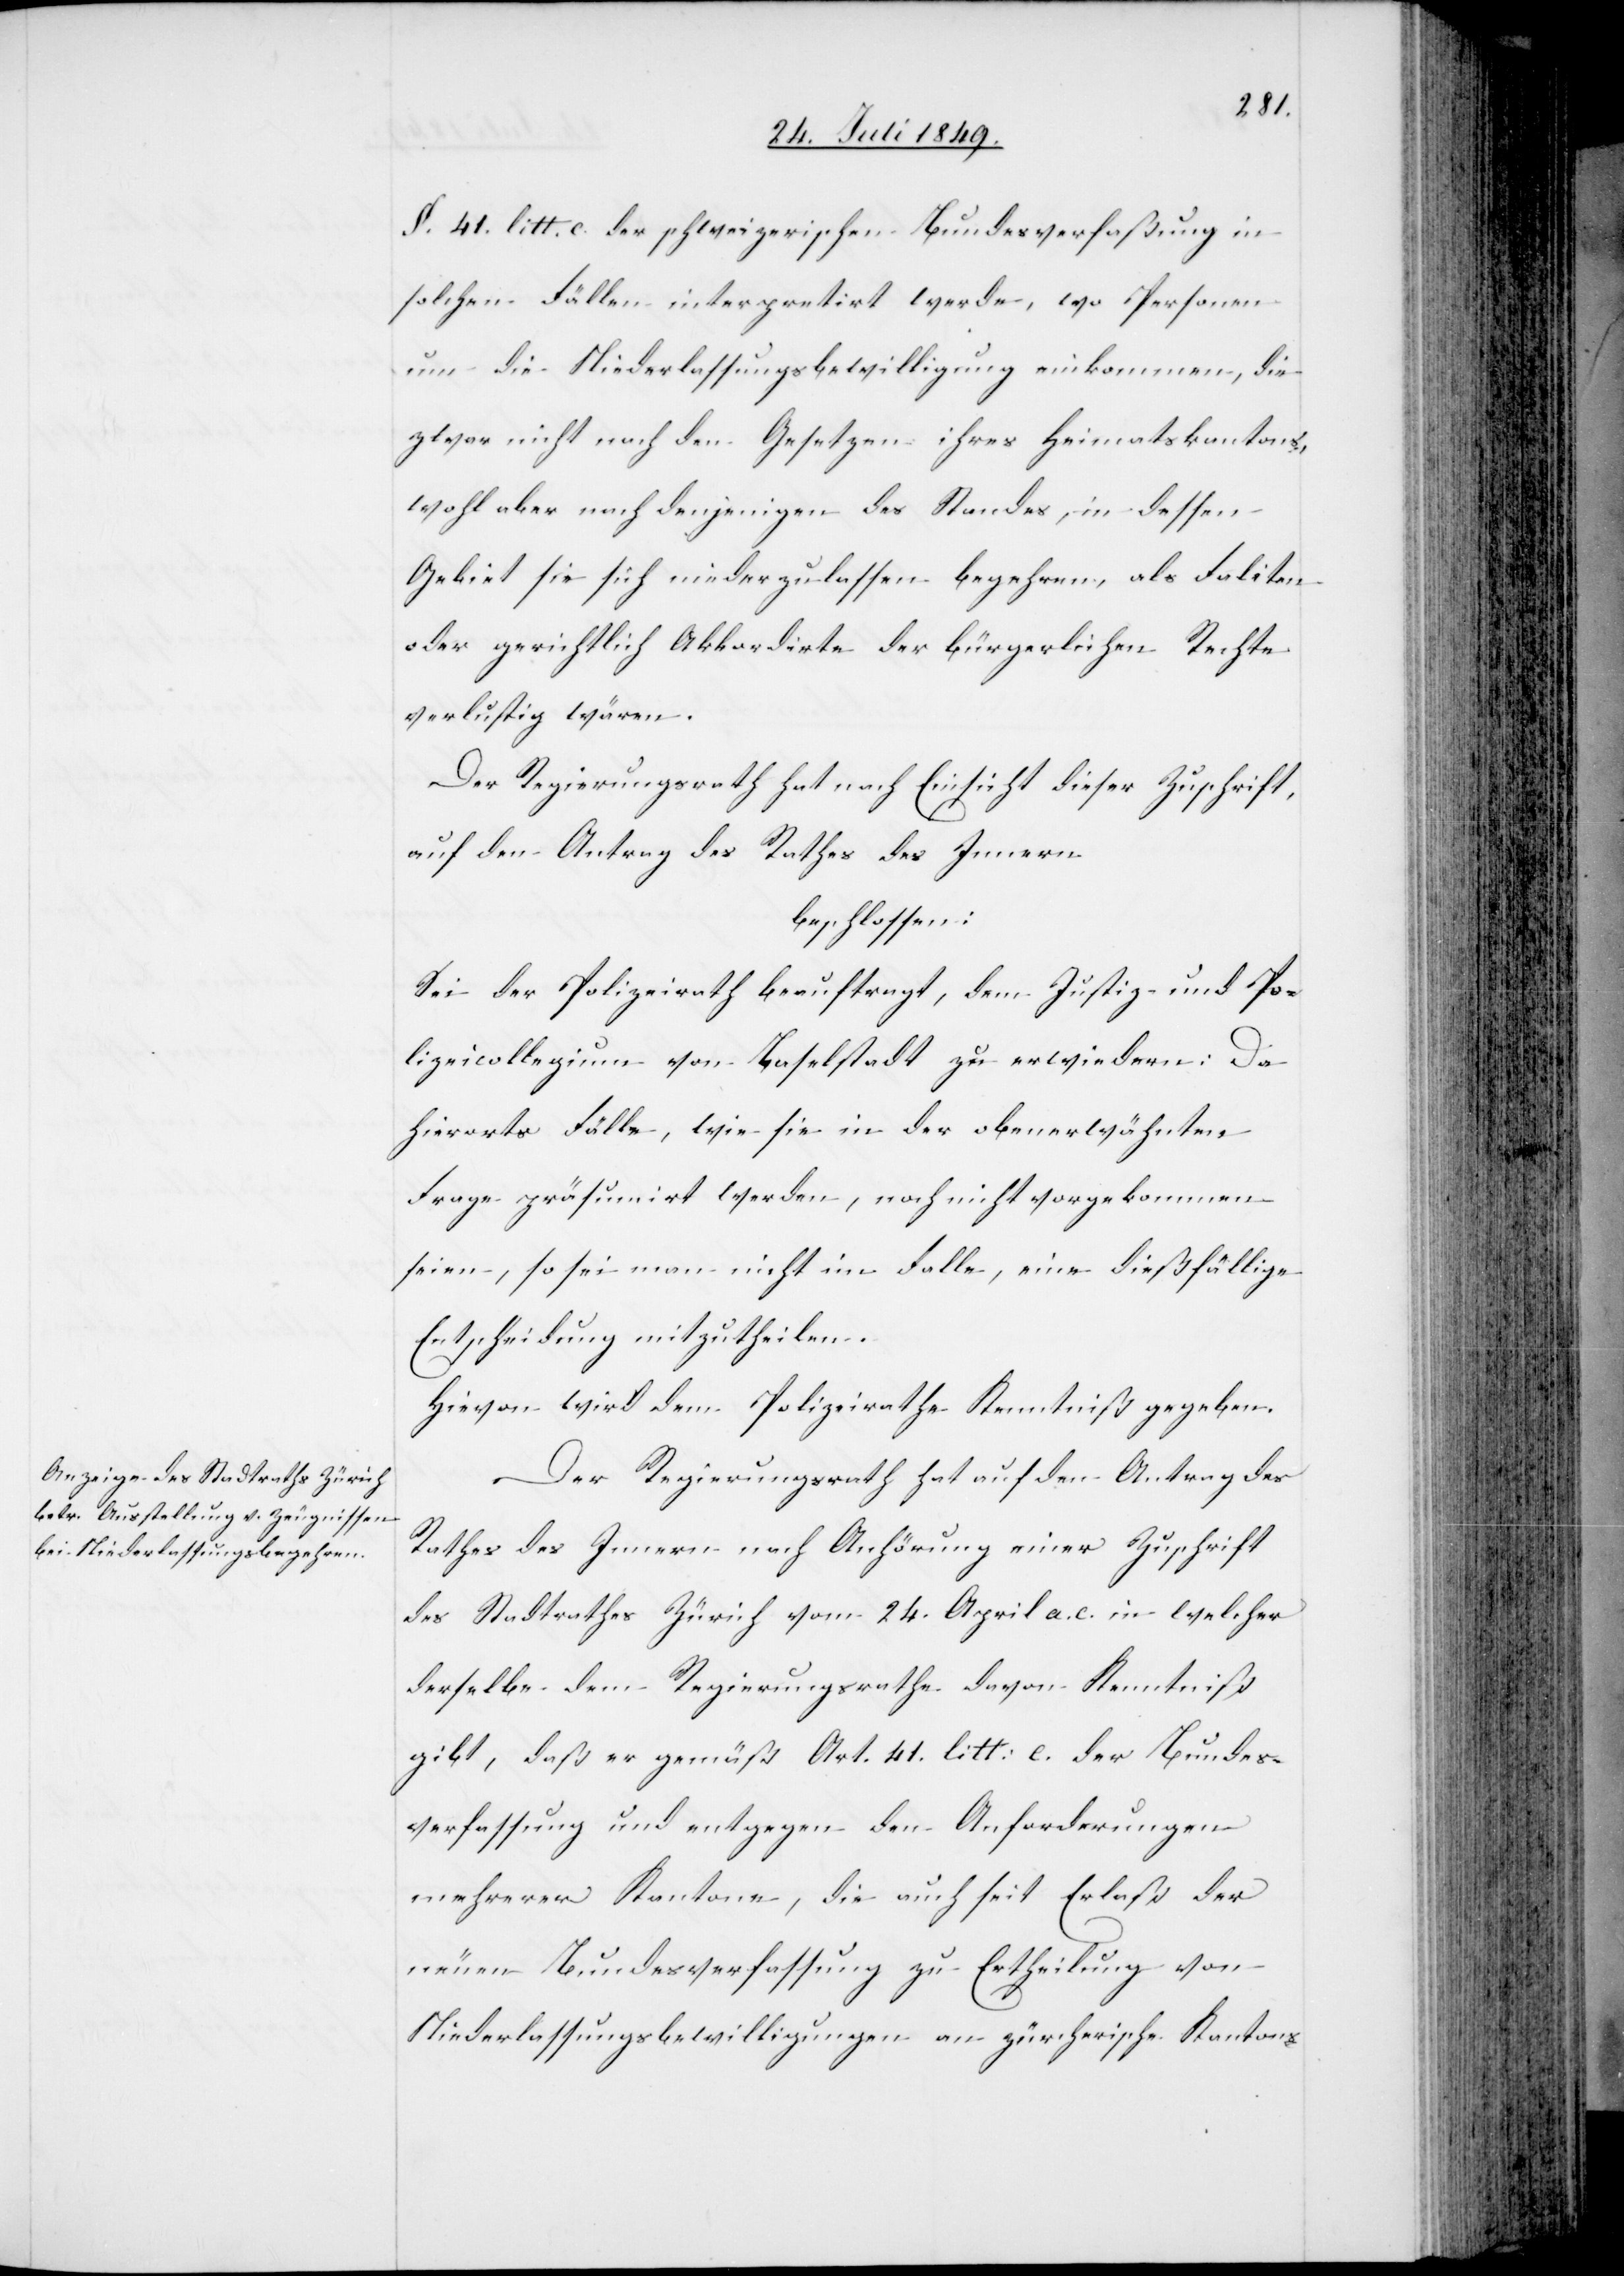
§. 41. litt. c. der schweizerischen Bundesverfaßung in
solchen Fällen interpretirt werde, wo Personen
um die Niederlassungsbewilligung einkommen, die
zwar nicht nach den Gesetzen ihres Heimatskantons,
wohl aber nach denjenigen des Standes, in dessen
Gebiet sie sich niederzulassen begehren, als Faliten
oder gerichtlich Akkordirte der bürgerlichen Rechte
verlustig wären.
Der Regierungsrath hat nach Einsicht dieser Zuschrift,
auf den Antrag des Rathes des Innern
beschlossen:
Sei der Polizeirath beauftragt, dem Justiz- und Po¬
lizeicollegium von Baselstadt zu erwiedern: Da
hierorts Fälle, wie sie in der obenerwähnten
Frage präsumirt werden, noch nicht vorgekommen
seien, so sei man nicht im Falle, eine dießfällige
Entscheidung mitzutheilen.
Hievon wird dem Polizeirathe Kenntniß gegeben.
Der Regierungsrath hat auf den Antrag des
Rathes des Innern nach Anhörung einer Zuschrift
des Stadtrathes Zürich vom 24. April a. c. in welcher
derselbe dem Regierungsrathe davon Kenntniß
gibt, daß er gemäß Art. 41. litt. c. der Bundes¬
verfassung und entgegen den Anforderungen
mehrerer Kantone, die auch seit Erlaß der
neuen Bundesverfassung zu Ertheilung von
Niederlassungsbewilligungen an zürcherische Kantons-